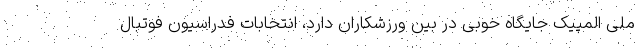
ملی المپیک جایگاه خوبی در بین ورزشکاران دارد، انتخابات فدراسیون فوتبال